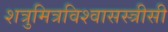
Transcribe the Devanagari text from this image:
शत्रुमित्रविश्वासस्त्रीसी